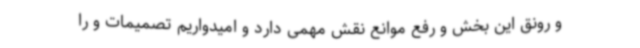
و رونق این بخش و رفع موانع نقش مهمی دارد و امیدواریم تصمیمات و را